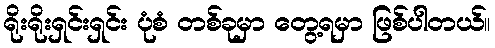
ရိုးရိုးရှင်းရှင်း ပုံစံ တစ်ခုမှာ တွေ့ရမှာ ဖြစ်ပါတယ်။